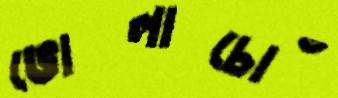
ভোলাচোঁ